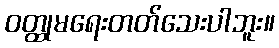
ဝတ္ထုမရေးတတ်သေးပါဘူး။